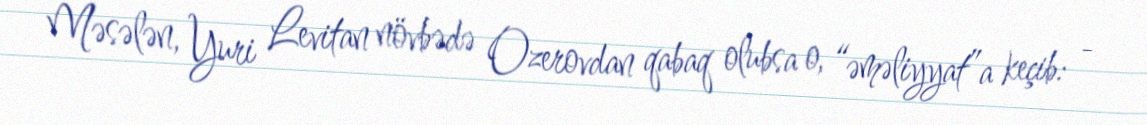
Məsələn, Yuri Levitan növbədə Ozerovdan qabaq olubsa o, “əməliyyat”a keçib: -